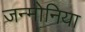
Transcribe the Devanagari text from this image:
जन्मोनिया